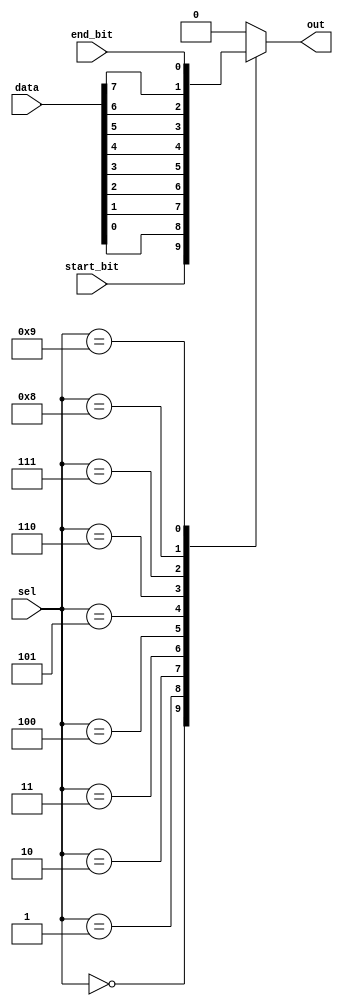
`timescale 1ns / 1ps



module mux_TX(start_bit, data , end_bit ,sel , out );

    input start_bit , end_bit ;
    input [3:0] sel ;
    input [7:0] data ;
    
    output reg out ;
    
    always @ (*) begin 
    
        case(sel)
            
            4'b0000:  out = start_bit ;
            4'b0001:  out = data[0] ;
            4'b0010:  out = data[1] ;
            4'b0011:  out = data[2] ;
            4'b0100:  out = data[3] ;
            4'b0101:  out = data[4] ;
            4'b0110:  out = data[5] ;
            4'b0111:  out = data[6] ;
            4'b1000:  out = data[7] ;
            4'b1001:  out = end_bit ;
            default : out = 1'b0 ;
        
        endcase 
    end
endmodule